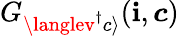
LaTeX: G_{\langlev^{\dagger}c\rangle}(\boldsymbol{\boldsymbol{\mathbf{i}}},{\boldsymbol{c}})